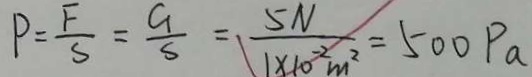
P = \frac { F } { S } = \frac { G } { S } = \frac { 5 N } { 1 \times 1 0 ^ { - 2 } m ^ { 2 } } = 5 0 0 P a